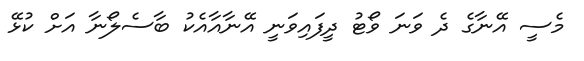
މެސީ އޭނާގެ ދެ ވަނަ ވޯޓު ދީފައިވަނީ އޭނާއާއެކު ބާސެލޯނާ އަށް ކުޅޭ